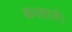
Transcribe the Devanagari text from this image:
करवाते।